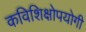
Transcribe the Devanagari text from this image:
कविशिक्षोपयोगी